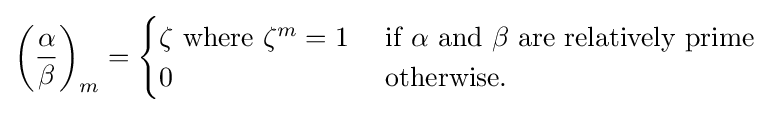
\left({\frac {\alpha }{\beta }}\right)_{m}={\begin{cases}\zeta {\mbox{ where }}\zeta ^{m}=1&{\mbox{ if }}\alpha {\mbox{ and }}\beta {\mbox{ are relatively prime}}\\0&{\mbox{ otherwise}}.\\\end{cases}}